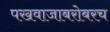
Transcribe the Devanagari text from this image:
पखवाजाबरोबरच